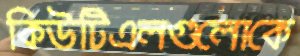
কিউটিএলগুলোকে